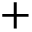
+